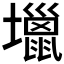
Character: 𡓍